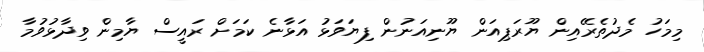
މިމަހު މެދުތެރޭއިން ޔޫރަޕިއަން ޔޫނިއަނުން ފިޔަވަޅު އަޅާނެ ކަމަށް ރައީސް ޔާމިން ވިދާޅުވުމާ